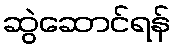
ဆွဲဆောင်ရန်